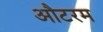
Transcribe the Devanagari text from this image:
औटरम